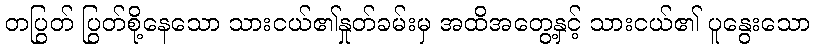
တပြွတ် ပြွတ်စို့နေသော သားငယ်၏နှုတ်ခမ်းမှ အထိအတွေ့နှင့် သားငယ်၏ ပူနွေးသော